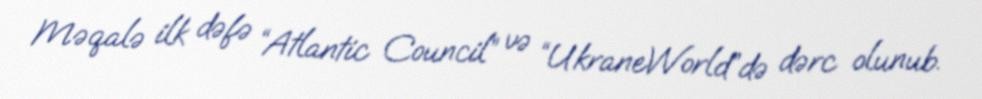
Məqalə ilk dəfə “Atlantic Council” və “UkraneWorld”də dərc olunub.